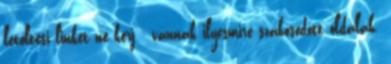
letöltési linket ne kérj - vannak ilyesmire szakosodott oldalak.